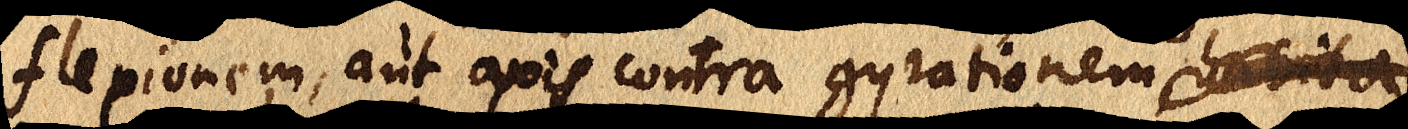
flexionem, aut axis contra gyrationem habita